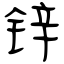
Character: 锌